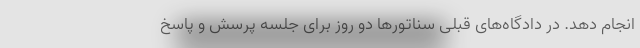
انجام دهد. در دادگاه‌های قبلی سناتورها دو روز برای جلسه پرسش و پاسخ